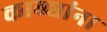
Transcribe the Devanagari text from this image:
काठ्यांना